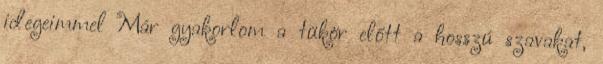
idegeimmel Már gyakorlom a tükör előtt a hosszú szavakat,